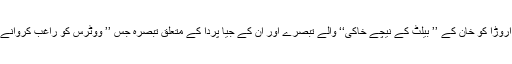
این سی ڈبلیو کی چیرپرسن ریکھا شرما نے الیکشن کمیشن سنیل اروڑا کو خان کے ’’ بیلٹ کے نیچے خاکی‘‘ والے تبصرے اور ان کے جیا پردا کے متعلق تبصرہ جس ’’ ووٹرس کو راغب کروانے کے لئے گھنگھرو ٹھمکوں جو ذکر کیاتھا اس پر توجہہ دلائی ۔